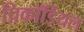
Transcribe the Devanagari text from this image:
प्रिकॉर्डियल